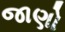
જાણો